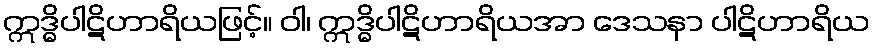
ဣဒ္ဓိပါဋိဟာရိယဖြင့်။ ဝါ၊ ဣဒ္ဓိပါဋိဟာရိယအာ ဒေသနာ ပါဋိဟာရိယ